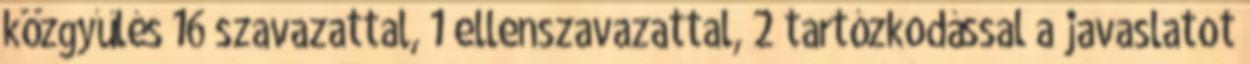
közgyűlés 16 szavazattal, 1 ellenszavazattal, 2 tartózkodással a javaslatot